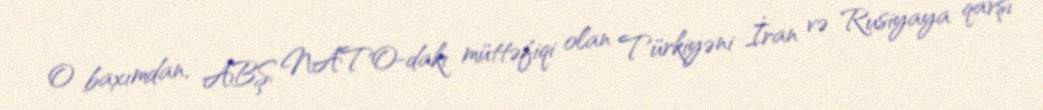
O baxımdan, ABŞ NATO-dakı müttəfiqi olan Türkiyəni İran və Rusiyaya qarşı